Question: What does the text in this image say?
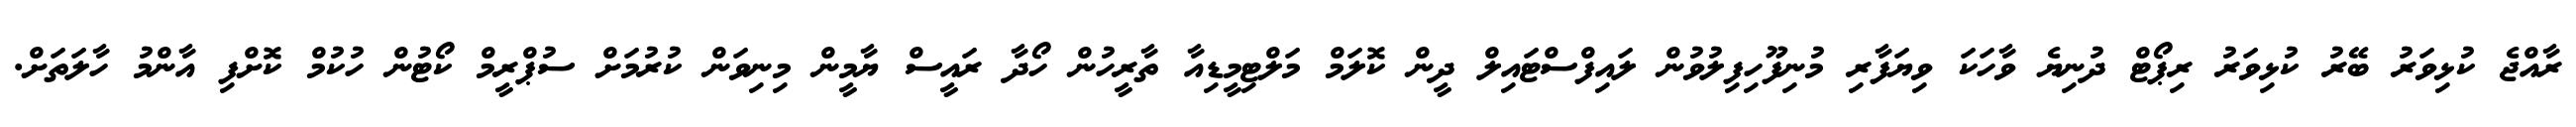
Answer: ރާއްޖެ ކުޅިވަރު ބޭރު ކުޅިވަރު ރިޕޯޓް ދުނިޔެ ވާހަކަ ވިޔަފާރި މުނިފޫހިފިލުވުން ލައިފްސްޓައިލް ދީން ކޮލަމް މަލްޓިމީޑިއާ ތާރީހުން ހޯދާ ރައީސް ޔާމީން މިނިވަން ކުރުމަށް ސުޕްރީމް ކޯޓުން ހުކުމް ކޮށްފި އާންމު ހާލަތަށް.